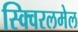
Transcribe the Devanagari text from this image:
स्क्विरलमेल